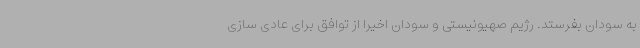
به سودان بفرستد. رژیم صهیونیستی و سودان اخیرا از توافق برای عادی سازی